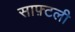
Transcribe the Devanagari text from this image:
साफ़्टली